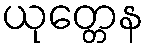
ယုတ္တေန